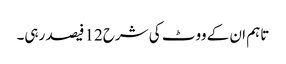
تاہم ان کے ووٹ کی شرح12 فیصد رہی۔